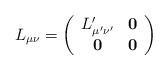
LaTeX: \begin{align*}L_{\mu \nu }=\left(\begin{array}{cc}L_{\mu' \nu' }^{\prime } & \mathbf{0} \\ \mathbf{0} & \mathbf{0}\end{array}\right)\end{align*}